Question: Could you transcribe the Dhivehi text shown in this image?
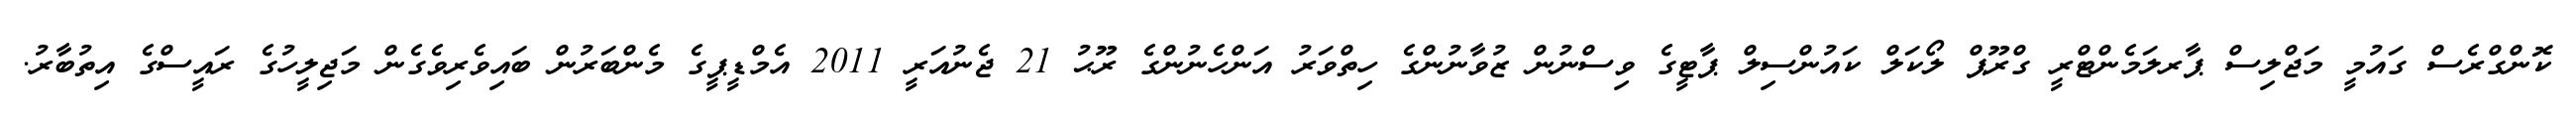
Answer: ކޮންގްރެސް ގައުމީ މަޖްލިސް ޕާރލަމެންޓްރީ ގްރޫޕް ލޯކަލް ކައުންސިލް ޕާޓީގެ ވިސްނުން ޒުވާނުންގެ ހިތްވަރު އަންހެނުންގެ ރޫޙު 21 ޖެނުއަރީ 2011 އެމްޑީޕީގެ މެންބަރުން ބައިވެރިވެގެން މަޖިލީހުގެ ރައީސްގެ އިތުބާރު.